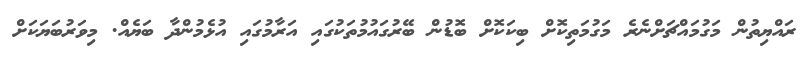
ރައްޔިތުން މަގުމައްޗަށްނެރެ މަގުމަތިކޮށް ބިކަކޮށް ބޮޑުން ބޭރުގައުމުތަކުގައި އަރާމުގައި އުޅެމުންދާ ބަޔެއް. މިވަރުބަޔަކަށް